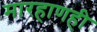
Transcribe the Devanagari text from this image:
मारहाणही